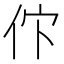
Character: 𬽸